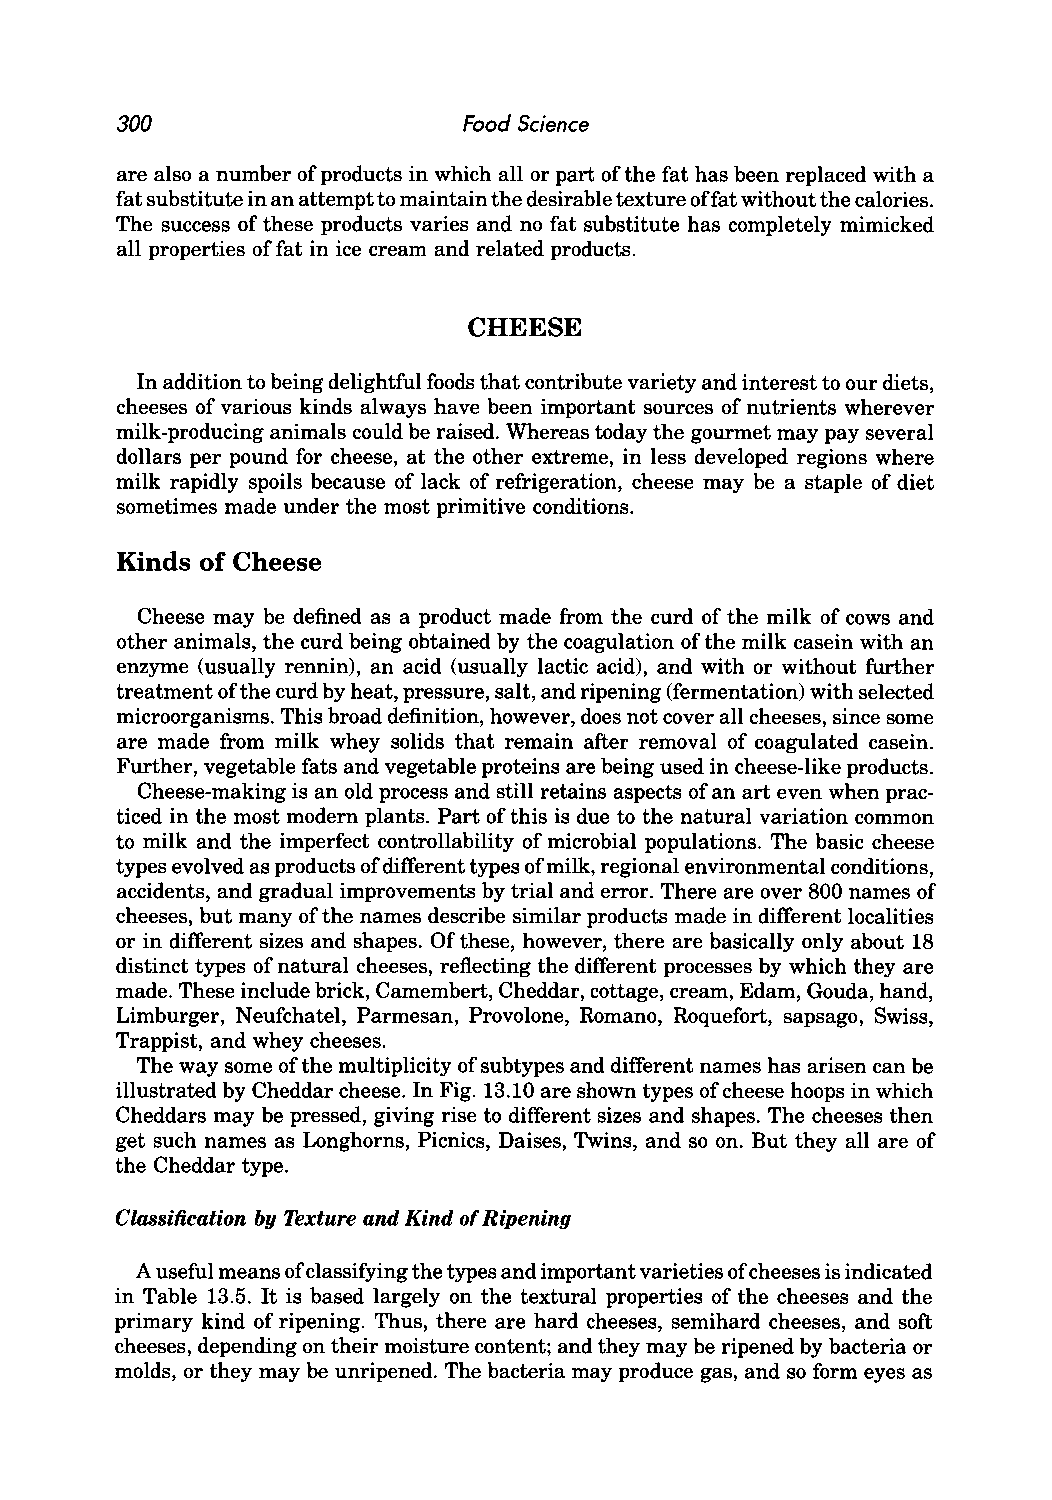
300                    Food Science
 are also a number of products in which all or part of the fat has been replaced with a
 fat substitute in an attempt to maintain the desirable texture offat without the calories.
 The success of these products varies and no fat substitute has completely mimicked
 all properties of fat in ice cream and related products.
 CHEESE
 In addition to being delightful foods that contribute variety and interest to our diets,
 cheeses of various kinds always have been important sources of nutrients wherever
 milk-producing animals could be raised. Whereas today the gourmet may pay several
 dollars per pound for cheese, at the other extreme, in less developed regions where
 milk rapidly spoils because of lack of refrigeration, cheese may be a staple of diet
 sometimes made under the most primitive conditions.
 Kinds of Cheese
 Cheese may be defined as a product made from the curd of the milk of cows and
 other animals, the curd being obtained by the coagulation of the milk casein with an
 enzyme (usually rennin), an acid (usually lactic acid), and with or without further
 treatment ofthe curd by heat, pressure, salt, and ripening (fermentation) with selected
 microorganisms. This broad definition, however, does not cover all cheeses, since some
 are made from milk whey solids that remain after removal of coagulated casein.
 Further, vegetable fats and vegetable proteins are being used in cheese-like products.
 Cheese-making is an old process and still retains aspects of an art even when prac
 ticed in the most modern plants. Part of this is due to the natural variation common
 to milk and the imperfect controllability of microbial populations. The basic cheese
 types evolved as products of different types of milk, regional environmental conditions,
 accidents, and gradual improvements by trial and error. There are over 800 names of
 cheeses, but many of the names describe similar products made in different localities
 or in different sizes and shapes. Of these, however, there are basically only about 18
 distinct types of natural cheeses, reflecting the different processes by which they are
 made. These include brick, Camembert, Cheddar, cottage, cream, Edam, Gouda, hand,
 Limburger, Neufchatel, Parmesan, Provolone, Romano, Roquefort, sapsago, Swiss,
 Trappist, and whey cheeses.
 The way some of the multiplicity of subtypes and different names has arisen can be
 illustrated by Cheddar cheese. In Fig. 13.10 are shown types of cheese hoops in which
 Cheddars may be pressed, giving rise to different sizes and shapes. The cheeses then
 get such names as Longhorns, Picnics, Daises, Twins, and so on. But they all are of
 the Cheddar type.
 Classification by Texture and Kind of Ripening
 A useful means of classifying the types and important varieties of cheeses is indicated
 in Table 13.5. It is based largely on the textural properties of the cheeses and the
 primary kind of ripening. Thus, there are hard cheeses, semihard cheeses, and soft
 cheeses, depending on their moisture content; and they may be ripened by bacteria or
 molds, or they may be unripened. The bacteria may produce gas, and so form eyes as